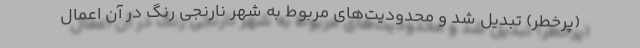
(پرخطر) تبدیل شد و محدودیت‌های مربوط به شهر نارنجی رنگ در آن اعمال